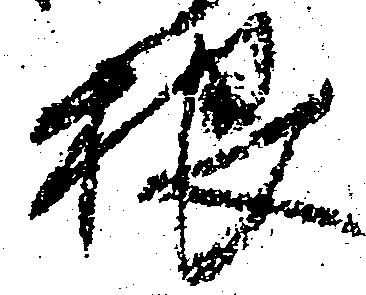
根